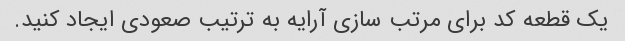
یک قطعه کد برای مرتب سازی آرایه به ترتیب صعودی ایجاد کنید.